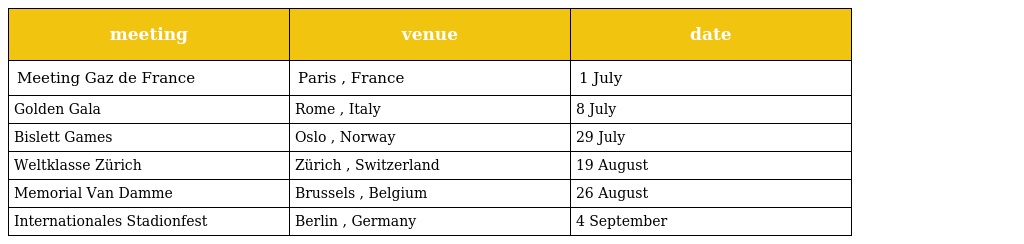
| meeting | venue | date |
 | --- | --- | --- |
 | Meeting Gaz de France | Paris , France | 1 July |
 | Golden Gala | Rome , Italy | 8 July |
 | Bislett Games | Oslo , Norway | 29 July |
 | Weltklasse Zürich | Zürich , Switzerland | 19 August |
 | Memorial Van Damme | Brussels , Belgium | 26 August |
 | Internationales Stadionfest | Berlin , Germany | 4 September |